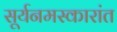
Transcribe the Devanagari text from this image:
सूर्यनमस्कारांत